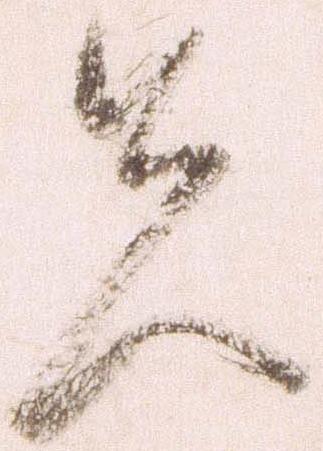
夫